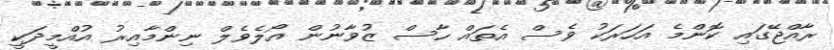
ރާއްޖޭގައި ކޮންމެ އަހަރަކު ވެސް އެތައް ހާސް ޒުވާނުން އޯލެވެލް ނިންމާއިރު އުއްމީދަކީ